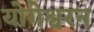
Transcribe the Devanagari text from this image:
योगेश्वरन